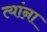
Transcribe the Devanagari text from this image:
त्यांऩा